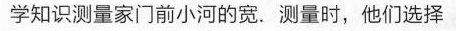
学知识测量家门前小河的宽。测量时，他们选择